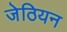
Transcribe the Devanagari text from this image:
जेठियन